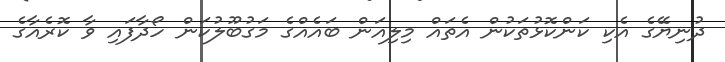
ދުނިޔޭގެ އެކި ކަންކޮޅުތަކުން އެތައް މިލިއަން ބައެއްގެ މަގުބޫލުކަން ހޯދާފައި ވާ ކޮރެއާގެ